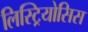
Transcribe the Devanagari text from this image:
लिस्ट्रियोसिस